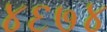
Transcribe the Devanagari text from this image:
४६७४